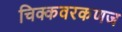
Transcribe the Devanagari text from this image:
चिक्कवरकणज